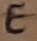
Text: E